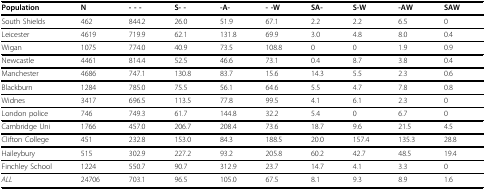
<table><thead><tr><td><b>Population</b></td><td><b>N</b></td><td><b>- - -</b></td><td><b>S- -</b></td><td><b>-A-</b></td><td><b>- -W</b></td><td><b>SA-</b></td><td><b>S-W</b></td><td><b>-AW</b></td><td><b>SAW</b></td></tr></thead><tbody><tr><td>South Shields</td><td>462</td><td>844.2</td><td>26.0</td><td>51.9</td><td>67.1</td><td>2.2</td><td>2.2</td><td>6.5</td><td>0</td></tr><tr><td>Leicester</td><td>4619</td><td>719.9</td><td>62.1</td><td>131.8</td><td>69.9</td><td>3.0</td><td>4.8</td><td>8.0</td><td>0.4</td></tr><tr><td>Wigan</td><td>1075</td><td>774.0</td><td>40.9</td><td>73.5</td><td>108.8</td><td>0</td><td>0</td><td>1.9</td><td>0.9</td></tr><tr><td>Newcastle</td><td>4461</td><td>814.4</td><td>52.5</td><td>46.6</td><td>73.1</td><td>0.4</td><td>8.7</td><td>3.8</td><td>0.4</td></tr><tr><td>Manchester</td><td>4686</td><td>747.1</td><td>130.8</td><td>83.7</td><td>15.6</td><td>14.3</td><td>5.5</td><td>2.3</td><td>0.6</td></tr><tr><td>Blackburn</td><td>1284</td><td>785.0</td><td>75.5</td><td>56.1</td><td>64.6</td><td>5.5</td><td>4.7</td><td>7.8</td><td>0.8</td></tr><tr><td>Widnes</td><td>3417</td><td>696.5</td><td>113.5</td><td>77.8</td><td>99.5</td><td>4.1</td><td>6.1</td><td>2.3</td><td>0</td></tr><tr><td>London police</td><td>746</td><td>749.3</td><td>61.7</td><td>144.8</td><td>32.2</td><td>5.4</td><td>0</td><td>6.7</td><td>0</td></tr><tr><td>Cambridge Uni</td><td>1766</td><td>457.0</td><td>206.7</td><td>208.4</td><td>73.6</td><td>18.7</td><td>9.6</td><td>21.5</td><td>4.5</td></tr><tr><td>Clifton College</td><td>451</td><td>232.8</td><td>153.0</td><td>84.3</td><td>188.5</td><td>20.0</td><td>157.4</td><td>135.3</td><td>28.8</td></tr><tr><td>Haileybury</td><td>515</td><td>302.9</td><td>227.2</td><td>93.2</td><td>205.8</td><td>60.2</td><td>42.7</td><td>48.5</td><td>19.4</td></tr><tr><td>Finchley School</td><td>1224</td><td>550.7</td><td>90.7</td><td>312.9</td><td>23.7</td><td>14.7</td><td>4.1</td><td>3.3</td><td>0</td></tr><tr><td><i>ALL</i></td><td>24706</td><td>703.1</td><td>96.5</td><td>105.0</td><td>67.5</td><td>8.1</td><td>9.3</td><td>8.9</td><td>1.6</td></tr></tbody></table>